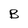
Character: B